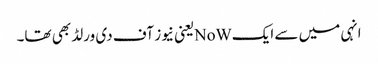
انہی میں سے ایکNoWیعنی نیوز آف دی ورلڈ بھی تھا۔